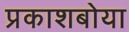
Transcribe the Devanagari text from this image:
प्रकाशबोया